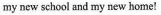
my new school and my new home!